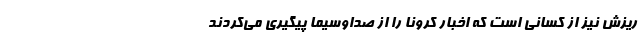
ریزش نیز از کسانی است که اخبار کرونا را از صداوسیما پیگیری می‌کردند